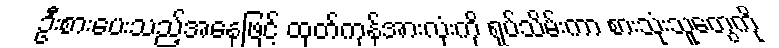
ဦးစားပေးသည့်အနေဖြင့် ထုတ်ကုန်အားလုံးကို ရုပ်သိမ်းကာ စားသုံးသူတွေကို